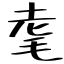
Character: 耄